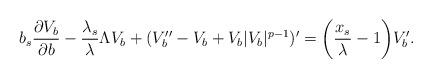
LaTeX: \begin{align*}b_s\frac{\partial V_b}{\partial b}-\frac{\lambda_s}{\lambda}\Lambda V_b+(V_b''-V_b+V_b|V_b|^{p-1})'=\bigg{(}\frac{x_s}{\lambda}-1\bigg{)}V_b'.\end{align*}